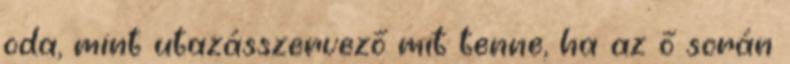
oda, mint utazásszervező mit tenne, ha az ő során